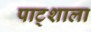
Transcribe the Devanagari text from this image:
पाट्शाला